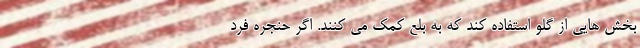
بخش هایی از گلو استفاده کند که به بلع کمک می کنند. اگر حنجره فرد